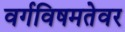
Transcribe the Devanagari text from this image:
वर्गविषमतेवर